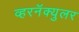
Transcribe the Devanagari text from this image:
व्हरनॅक्युलर